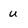
Character: u